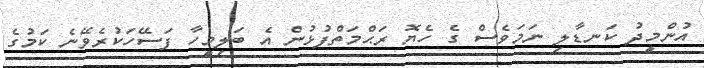
އުންމީދު ކަނޑާލި ނަމަވެސް ގެ ހެޔޮ ރަޙްމަތްފުޅުން އެ ބަލިމީހާ ފަސޭހަކުރެވޭނެ ކަމުގެ